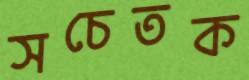
সচেতক